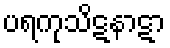
ပရကုသိဋနာဋာ